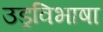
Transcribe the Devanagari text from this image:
उड्रविभाषा